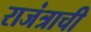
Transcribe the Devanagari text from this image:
राजंत्राची